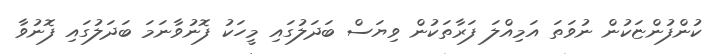
ކުންފުންޏަކުން ނުވަތަ އަމިއްލަ ފަރާތަކުން ވިޔަސް ބަދަލުގައި މީހަކު ފޮނުވާނަމަ ބަދަލުގައި ފޮނުވާ